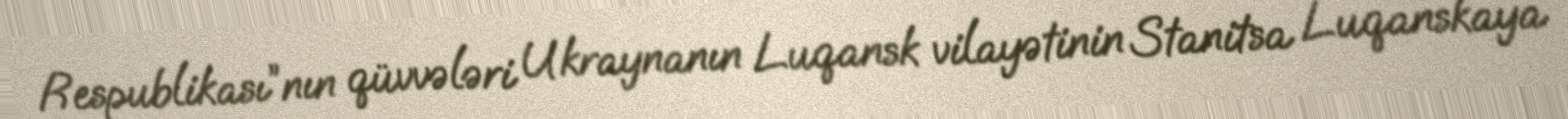
Respublikası”nın qüvvələri Ukraynanın Luqansk vilayətinin Stanitsa Luqanskaya